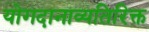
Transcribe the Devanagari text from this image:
योगदानाव्यतिरिक्त